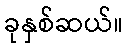
ခုနှစ်ဆယ်။